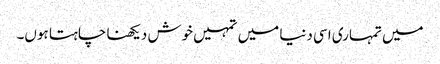
میں تمہاری اسی دنیا میں تمہیں خوش دیکھنا چاہتا ہوں۔